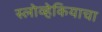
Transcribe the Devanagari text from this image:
स्लोव्हेकियाचा